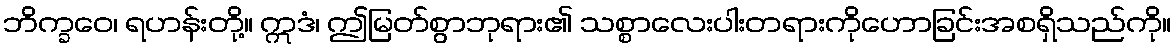
ဘိက္ခဝေ၊ ရဟန်းတို့။ ဣဒံ၊ ဤမြတ်စွာဘုရား၏ သစ္စာလေးပါးတရားကိုဟောခြင်းအစရှိသည်ကို။